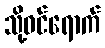
သို့ဝင်ရောက်